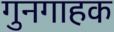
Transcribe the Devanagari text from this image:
गुनगाहक